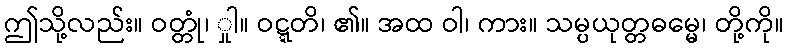
ဤသို့လည်း။ ဝတ္တုံ၊ ှုါ။ ဝဋ္ဋတိ၊ ၏။ အထ ဝါ၊ ကား။ သမ္ပယုတ္တဓမ္မေ၊ တို့ကို။